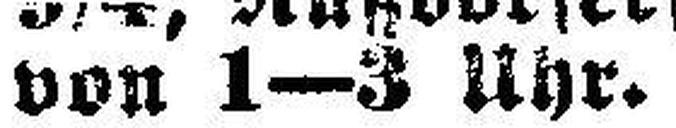
von 1—3 Uhr.